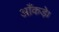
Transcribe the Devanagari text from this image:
आँकड़े।